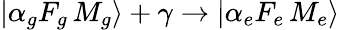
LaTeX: |\alpha_{g}F_{g}\, M_{g}\rangle+\gamma\to|\alpha_{e}F_{e}\, M_{e}\rangle